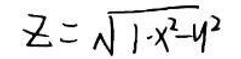
$z = \sqrt{1 - x ^ { 2 } - y ^ { 2 }}$